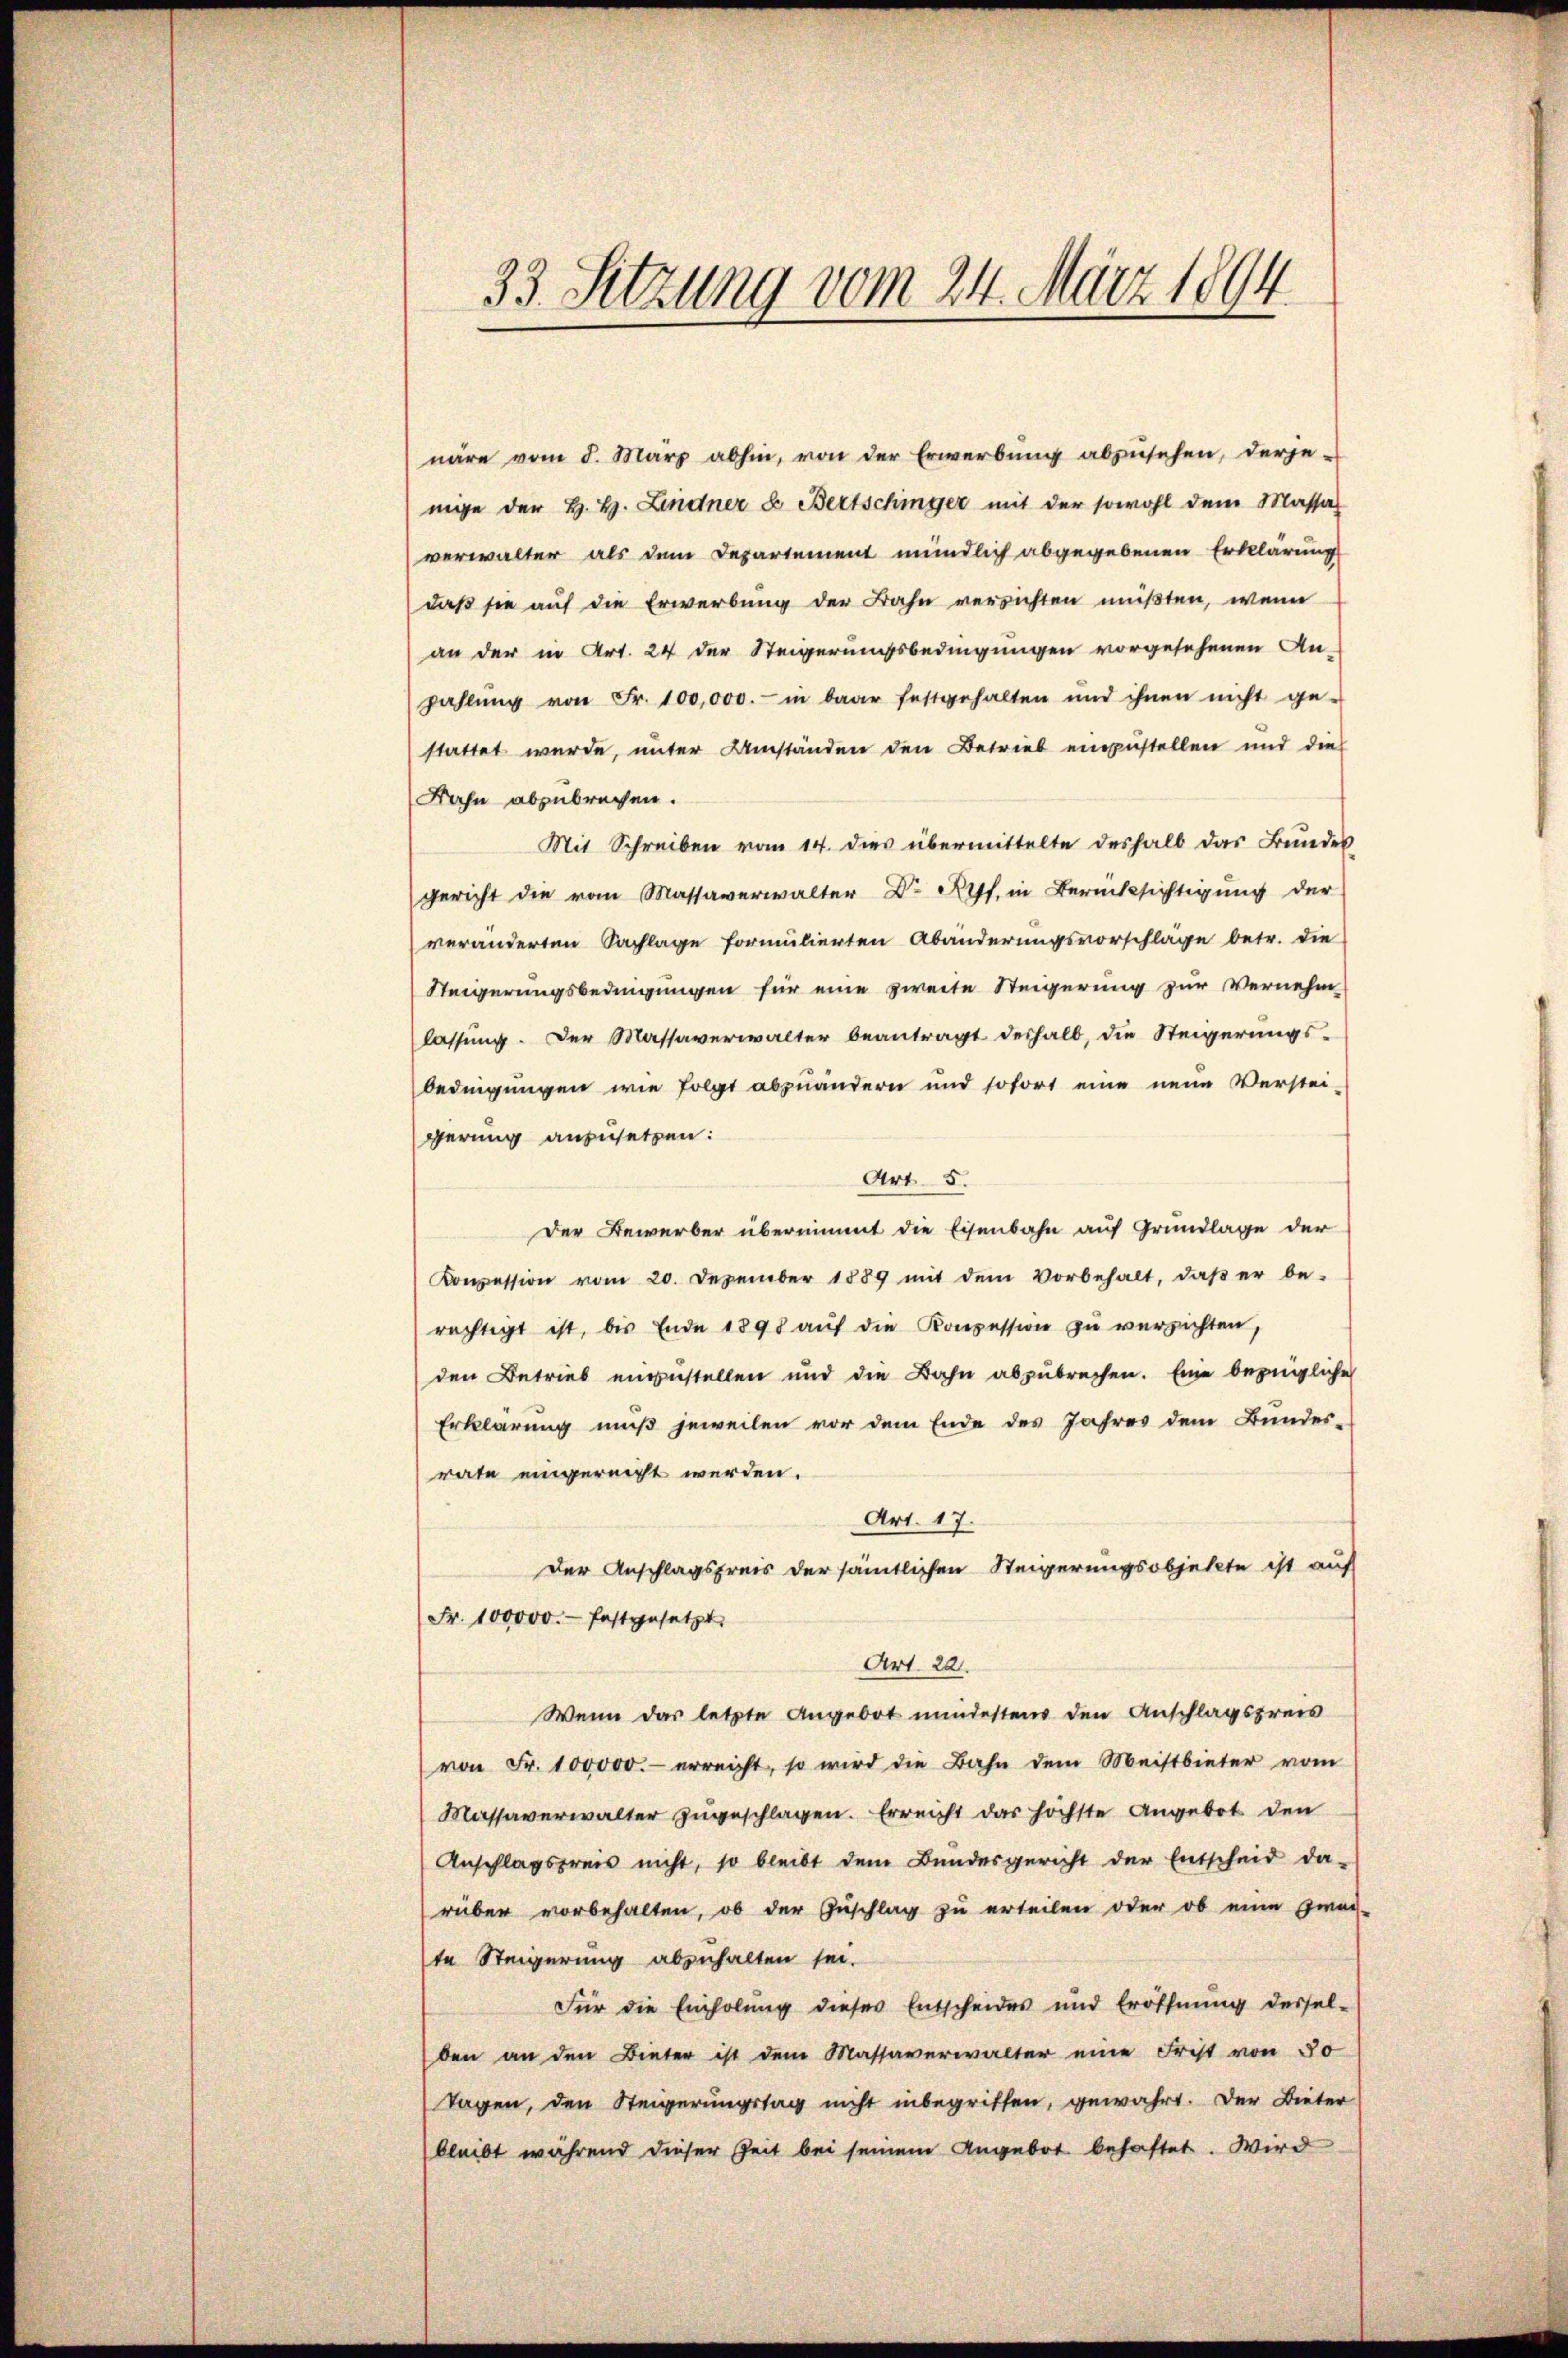
33. Setzung vom 24. März 1894.

näre vom 5. März abhin, von der Erwerbung abzusehen, derjenege der H. H. Lindner E. Bertschinger mit der sowohl dem Massat
verwalter als dem Departement mündlich abgegebenen Erklärung
daß sie auf die Erwerbung der Bahn verrichten müßten, wenn
an der in Art. 24 der Steigerungsbedingungen vorgesehenen An-
zahlŭng von Fr. 100,000.- in baar festgehalten und ihnen nicht ge-
stattet wurde, unter Umständen den Betrieb einzustellen und die
Bahn abzubrechen.
Mit Schreiben vom 14. dies übermittelte deshalb das Bundes
gericht die vom Massaverwalter Dr Ryf, in Berücksichtigung der
veränderten Sachlage formulierten Abänderungsvorschläge betr. die
Steigerungsbedingungen für eine zweite Steigerung zur Vernehm
lassung. Der Massaverwalter beantragt deshalb, die Steigerungs-
bedingungen wie folgt abzuändern und sofort eine neue Verstei-
gerung anzusetzen:
Art. 5.
Der Bewerber übernimmt die Eisenbahn auf Grundlage der
Konzession vom 20. Dezember 1889 mit dem Vorbehalt, daβ er be-
rechtigt ist, bis Ende 1898 aŭf die Konzession zu verzichten,
den Betrieb anzustellen und die Bahn abzubrechen. Eine bezügliche
Erklärung muß jeweilen vor dem Ende des Jahres dem Bundes-
rate eingereicht werden.
Art. 17.
Der Anschlagspreis der sämtlichen Steigerungsobjekte ist auf
Fr. 100000.- festgesetzt.
Art. 20.
Wenn das letzte Angebot mindestens den Anschlagspreis
von Fr. 100000.- erreicht, so wird die Bahn dem Meistbieter vom
Massaverwalter zugeschlagen. Erreicht das höchste Angebot den
Anschlagspreis nicht, so bleibt dem Bŭndesgericht der Entscheid da-
rüber vorbehalten, ob der Zuschlag zu erteilen oder ob eine zwei-
te Steigerung abzuhalten sei.
Für die Einholŭng dieser Entscheides und Eröffnŭng dessel-
ben an den Bieter ist dem Massaverwalter eine Frist von 30
Tagen, den Steigerungstag nicht inbegriffen, gewährt. Der Bieter
bleibt während dieser Zeit bei seinem Angebot behaftet. Wird